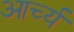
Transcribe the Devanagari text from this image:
आर्च्य